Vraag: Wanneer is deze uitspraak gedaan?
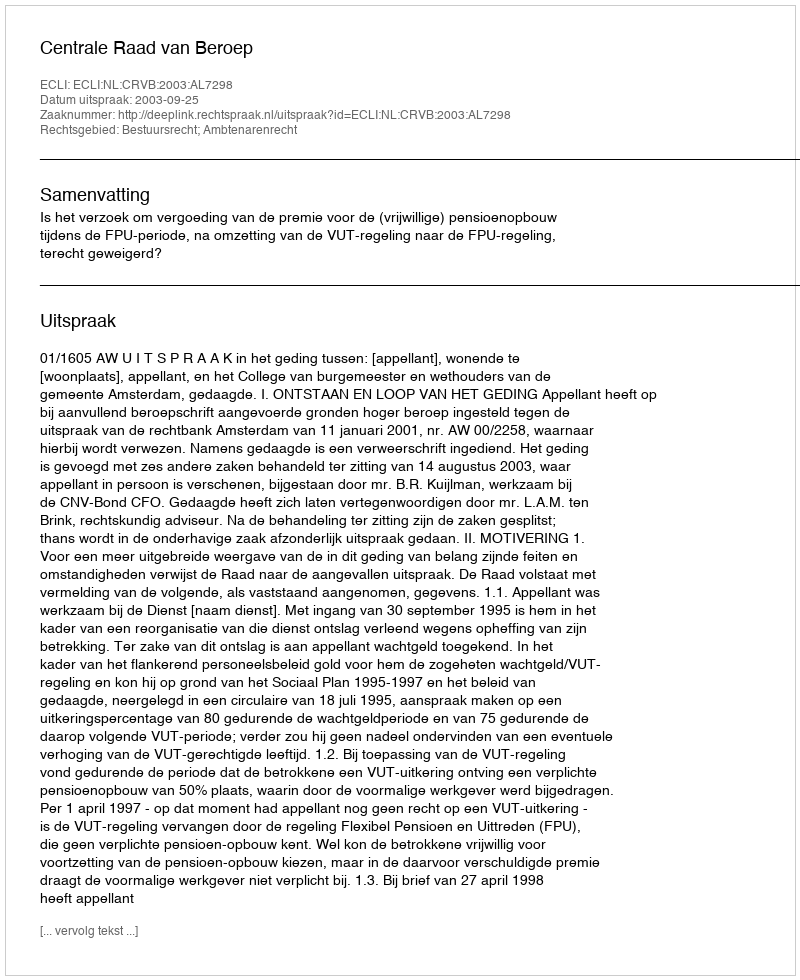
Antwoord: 2003-09-25